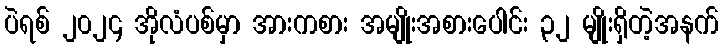
ပဲရစ် ၂၀၂၄ အိုလံပစ်မှာ အားကစား အမျိုးအစားပေါင်း ၃၂ မျိုးရှိတဲ့အနက်